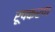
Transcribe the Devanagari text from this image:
रूपकरण